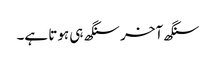
سنگھ آخر سنگھ ہی ہوتا ہے۔